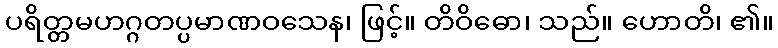
ပရိတ္တမဟဂ္ဂတပ္ပမာဏဝသေန၊ ဖြင့်။ တိဝိဓော၊ သည်။ ဟောတိ၊ ၏။